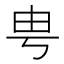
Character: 甹